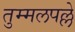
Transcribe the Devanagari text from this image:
तुम्मलपल्ले